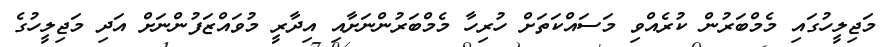
މަޖިލީހުގައި މެމްބަރުން ކުރެއްވި މަސައްކަތަށް ހުރިހާ މެމްބަރުންނަށާއި އިދާރީ މުވައްޒަފުންނަށް އަދި މަޖިލީހުގެ